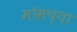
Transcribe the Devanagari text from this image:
मॉसच्या